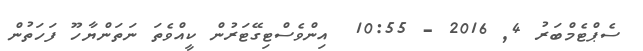
ސެޕްޓެމްބަރު 4